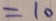
= 1 0